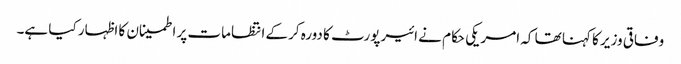
وفاقی وزیر کا کہنا تھا کہ امریکی حکام نے ائیرپورٹ کا دورہ کرکے انتظامات پر اطمینان کا اظہار کیا ہے۔